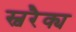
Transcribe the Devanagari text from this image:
स्वरैक्य